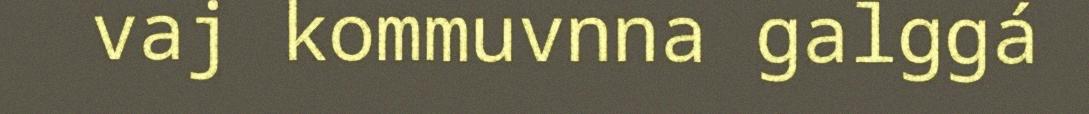
vaj kommuvnna galggá